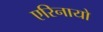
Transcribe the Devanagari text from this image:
एरिनायो